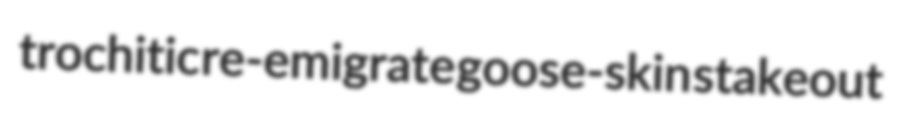
trochitic re-emigrate goose-skin stakeout